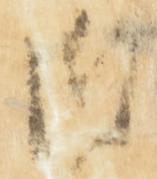
仰